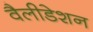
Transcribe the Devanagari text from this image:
वैलीडेशन